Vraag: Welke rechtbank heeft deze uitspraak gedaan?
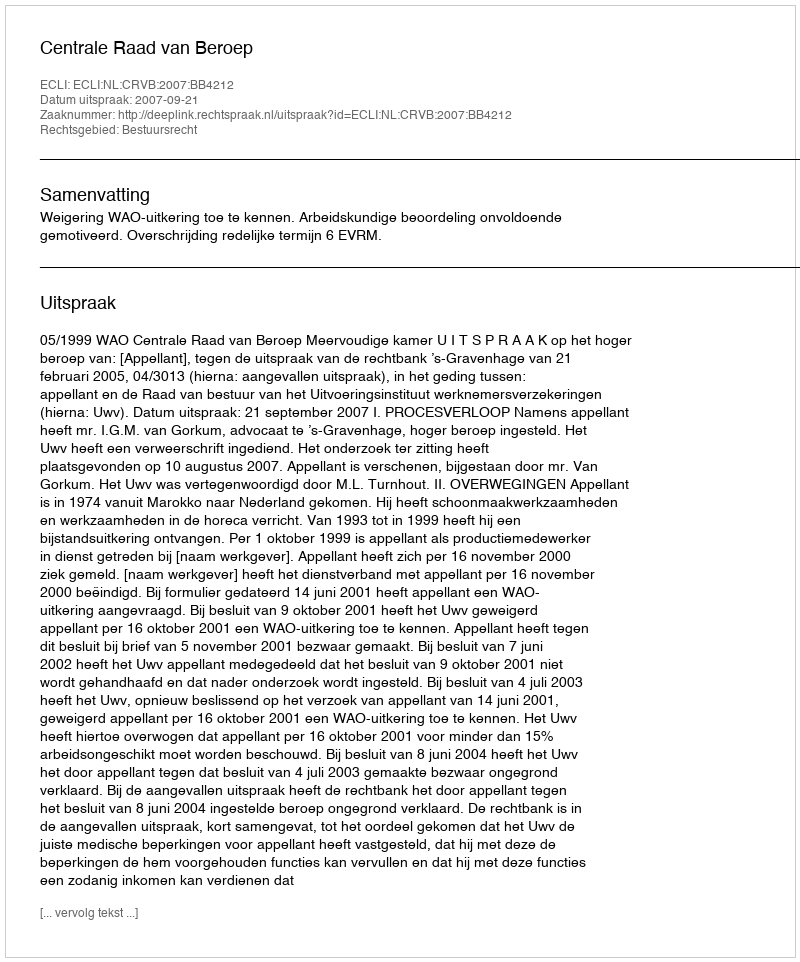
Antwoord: Centrale Raad van Beroep